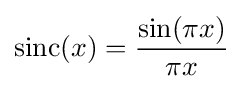
{\text{sinc}}(x)={\frac {\sin(\pi x)}{\pi x}}